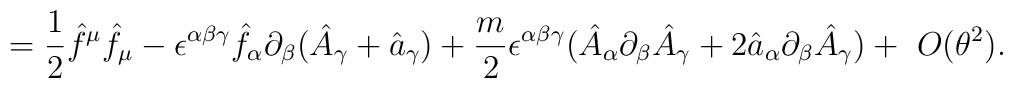
=\frac{1}{2}\hat f^\mu \hat f_\mu -\epsilon ^{\alpha\beta\gamma}\hat f_\alpha\partial _\beta (\hat A_\gamma +\hat a_{\gamma})+\frac{m}{2}\epsilon^{\alpha\beta\gamma}(\hat A_{\alpha}\partial_{\beta}\hat A_{\gamma}+2\hat a_{\alpha}\partial_{\beta}\hat A_{\gamma})+~O(\theta^{2}).